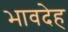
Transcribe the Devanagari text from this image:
भावदेह